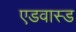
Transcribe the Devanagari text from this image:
एडवास्ड